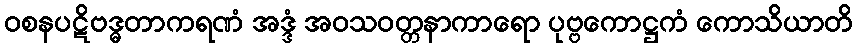
ဝစနပဋိဗဒ္ဓတာကရဏံ အဒ္ဒံ အဝသဝတ္တနာကာရော ပုဗ္ဗကောဋ္ဌကံ ကောသိယာတိ